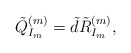
\begin{align*}\tilde{Q}^{(m)}_{I_m}=\tilde{d}\tilde{R}^{(m)}_{I_m}, \end{align*}